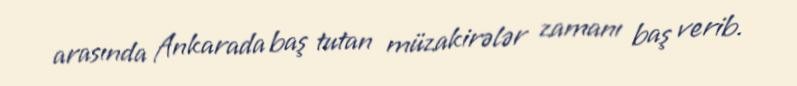
arasında Ankarada baş tutan müzakirələr zamanı baş verib.